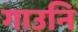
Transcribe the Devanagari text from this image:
गाउनि